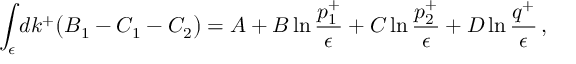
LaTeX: \int _ { \epsilon } d k ^ { + } \big ( B _ { 1 } - C _ { 1 } - C _ { 2 } \big ) = A + B \ln { \frac { p _ { 1 } ^ { + } } { \epsilon } } + C \ln { \frac { p _ { 2 } ^ { + } } { \epsilon } } + D \ln { \frac { q ^ { + } } { \epsilon } } \, ,